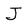
Character: J